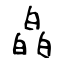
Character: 皛